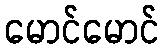
မောင်မောင်